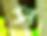
স